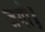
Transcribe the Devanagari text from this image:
जगी॥